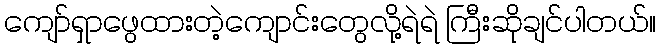
ကျော်ရှာဖွေထားတဲ့ကျောင်းတွေလို့ရဲရဲ ကြီးဆိုချင်ပါတယ်။